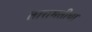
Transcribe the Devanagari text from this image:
तारामतीचा